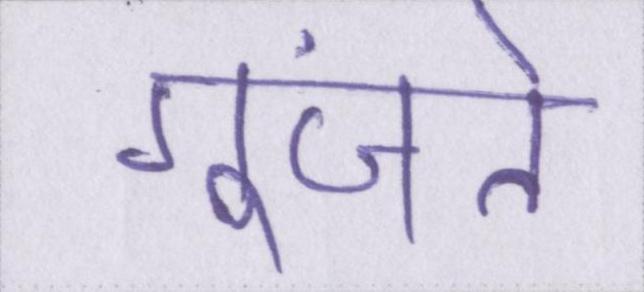
गूंजते